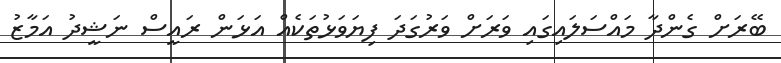
ބޭރަށް ގެންދާ މައްސަލައިގައި ވަރަށް ވަރުގަދަ ފިޔަވަޅުތަކެއް އަޅަން ރައީސް ނަޝީދު އަމާޒު